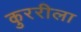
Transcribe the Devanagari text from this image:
कुररीला